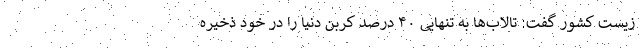
زیست کشور گفت: تالاب‌ها به تنهایی ۴۰ درصد کربن دنیا را در خود ذخیره